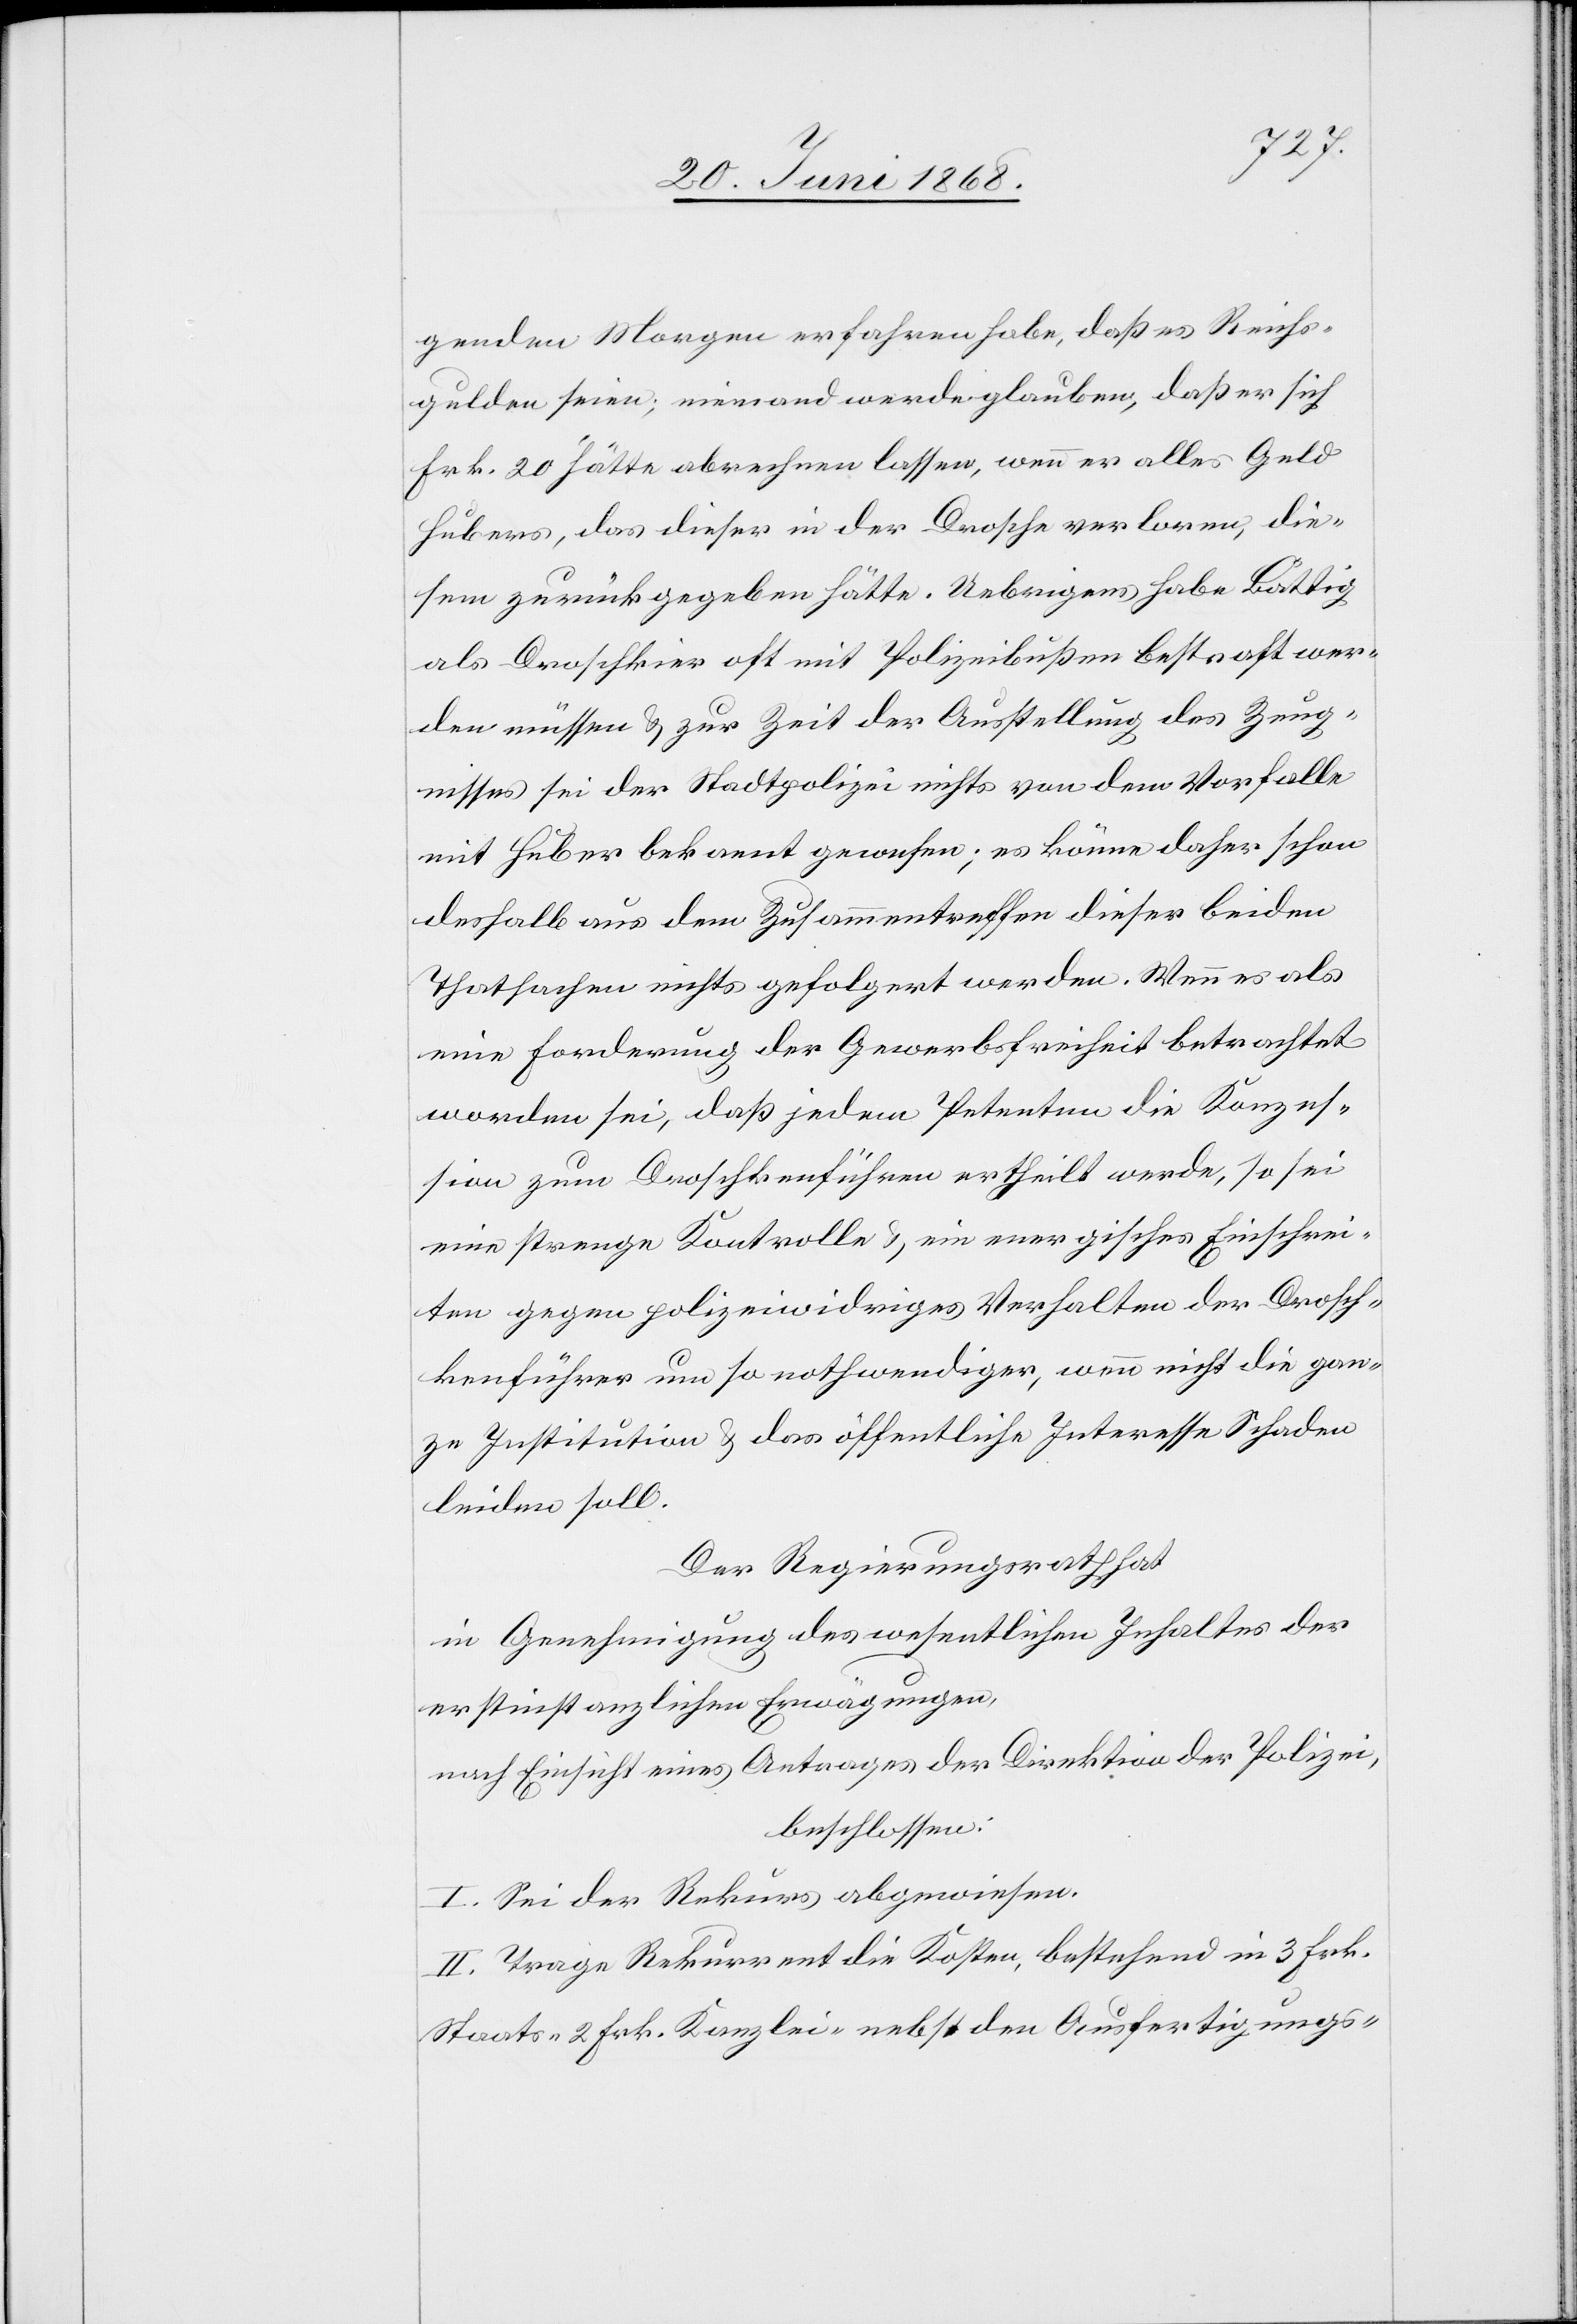
genden Morgen erfahren habe, daß es Reichs¬
gulden seien; niemand werde glauben, daß er sich
Frk. 20 hätte abrechnen lassen, wenn er alles Geld
Hubers, das dieser in der Drosch[k]e verloren, die¬
sem zurückgegeben hätte. Uebrigens habe Bättig
als Droschkier oft mit Polizeibußen bestraft wer¬
den müssen & zur Zeit der Ausstellung des Zeug¬
nisses sei der Stadtpolizei nichts von dem Vorfalle
mit Huber bekannt gewesen; es könne daher schon
deshalb aus dem Zusammentreffen dieser beiden
Thatsachen nichts gefolgert werden. Wenn es als
eine Forderung der Gewerbsfreiheit betrachtet
worden sei, daß jedem Petenten die Konzes¬
sion zum Droschkenführen ertheilt werde, so sei
eine strenge Kontrolle & ein energisches Einschrei¬
ten gegen polizeiwidriges Verhalten der Drosch¬
kenführer um so nothwendiger, wenn nicht die gan¬
ze Institution & das öffentliche Interesse Schaden
leiden soll.
Der Regierungsrath hat
in Genehmigung des wesentlichen Inhaltes der
erstinstanzlichen Erwägungen,
nach Einsicht eines Antrages der Direktion der Polizei,
beschlossen:
I. Sei der Rekurs abgewiesen.
II. Trage Rekurrent die Kosten, bestehend in 3 Frk.
Staats-[,] 2 Frk. Kanzlei-[,] nebst den Ausfertigungs-